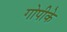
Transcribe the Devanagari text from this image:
गोपीके